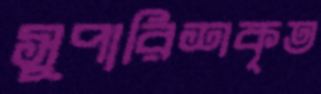
সুপারিশকৃত